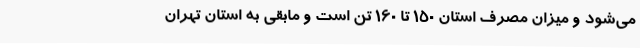
می‌شود و میزان مصرف استان 150 تا 160 تن است و مابقی به استان تهران